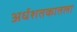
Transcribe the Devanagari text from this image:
अर्धशतकातला